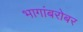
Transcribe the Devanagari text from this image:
भागांबरोबर